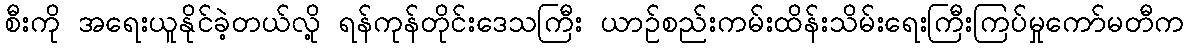
စီးကို အရေးယူနိုင်ခဲ့တယ်လို့ ရန်ကုန်တိုင်းဒေသကြီး ယာဉ်စည်းကမ်းထိန်းသိမ်းရေးကြီးကြပ်မှုကော်မတီက